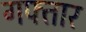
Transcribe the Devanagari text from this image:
गफ्तार